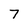
Character: 7